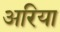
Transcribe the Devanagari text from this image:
अरिया